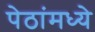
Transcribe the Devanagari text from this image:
पेठांमध्ये